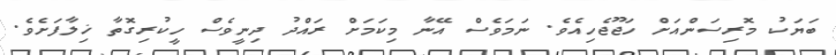
ބަޔަކު މޮރިސަންއަށް ހަޖޫޖެހިއެވެ. ނަމަވެސް އޭނާ މިކަމަށް ރައްދު ދިނީވެސް ހީކުރިގޮތާ ޚިލާފަށެވެ.